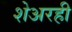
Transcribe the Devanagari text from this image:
शेअरही